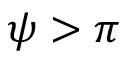
\psi > \pi